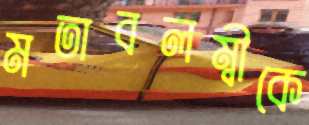
মতাবলম্বীকে